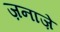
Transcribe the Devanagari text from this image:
ज़नाज़े